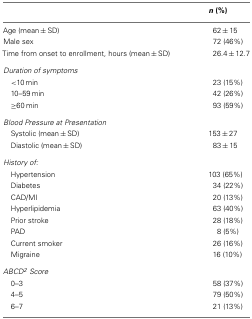
|  | n (%) |
 | --- | --- |
 | Age (mean ± SD) | 62 ± 15 |
 | Male sex | 72 (46%) |
 | Time from onset to enrollment, hours (mean ± SD) | 26.4 ± 12.7 |
 | Duration of symptoms |
 | <10 min | 23 (15%) |
 | 10–59 min | 42 (26%) |
 | ≥60 min | 93 (59%) |
 | Blood Pressure at Presentation |
 | Systolic (mean ± SD) | 153 ± 27 |
 | Diastolic (mean ± SD) | 83 ± 15 |
 | History of: |
 | Hypertension | 103 (65%) |
 | Diabetes | 34 (22%) |
 | CAD/MI | 20 (13%) |
 | Hyperlipidemia | 63 (40%) |
 | Prior stroke | 28 (18%) |
 | PAD | 8 (5%) |
 | Current smoker | 26 (16%) |
 | Migraine | 16 (10%) |
 | ABCD2 Score |
 | 0–3 | 58 (37%) |
 | 4–5 | 79 (50%) |
 | 6–7 | 21 (13%) |